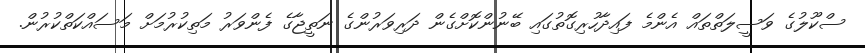
ސްކޫލުގެ ވަސީލަތްތައް އެންމެ ފައިދާހުރިގޮތުގައި ބޭނުންކޮށްގެން ދަރިވަރުންގެ ނަތީޖާގެ ފެންވަރު މަތިކުރުމަށް މަސައްކަތްކުރުން.